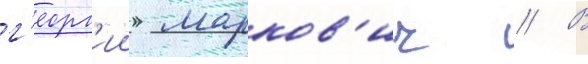
г'еорг'ии марков'ич // В